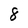
Character: 8